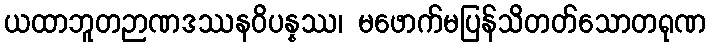
ယထာဘူတဉာဏဒဿနဝိပန္နဿ၊ မဖောက်မပြန်သိတတ်သောတရုဏ